Vaccination United Provinces of Agra and Oudh 1902-1913 - 1902-1913
Year: 1902
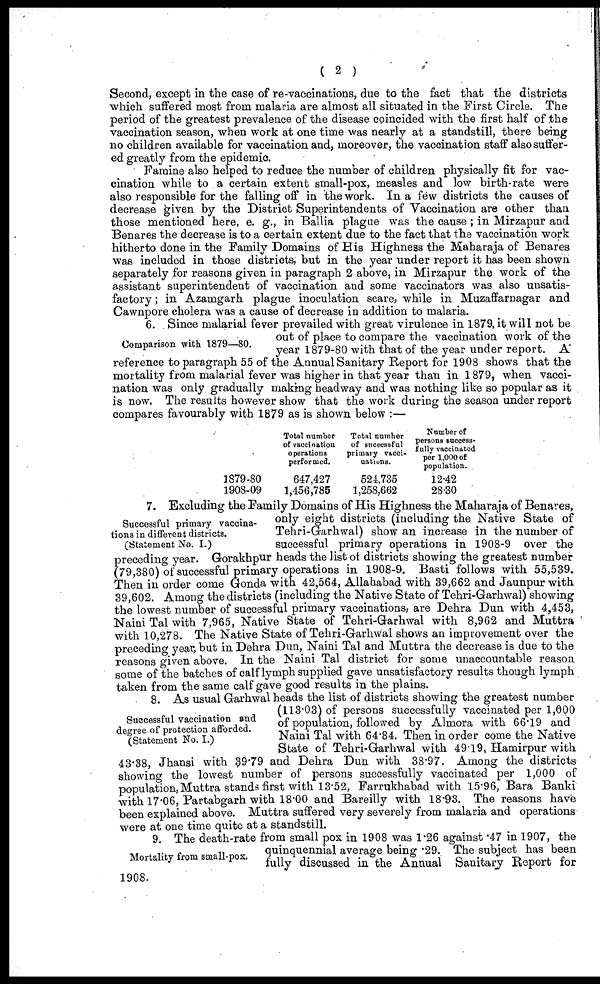
( 2 )
Second, except in the case of re-vaccinations, due to the fact that the districts
which suffered most from malaria are almost all situated in the First Circle. The
period of the greatest prevalence of the disease coincided with the first half of the
vaccination season, when work at one time was nearly at a standstill, there being
no children available for vaccination and, moreover, the vaccination staff also suffer-
ed greatly from the epidemic.
Famine also helped to reduce the number of children physically fit for vac-
cination while to a certain extent small-pox, measles and low birth-rate were
also responsible for the falling off in the work. In a few districts the causes of
decrease given by the District Superintendents of Vaccination are other than
those mentioned here, e. g., in Ballia plague was the cause ; in Mirzapur and
Benares the decrease is to a certain extent due to the fact that the vaccination work
hitherto done in the Family Domains of His Highness the Maharaja of Benares
was included in those districts, but in the year under report it has been shown
separately for reasons given in paragraph 2 above, in Mirzapur the work of the
assistant superintendent of vaccination and some vaccinators was also unsatis-
factory ; in Azamgarh plague inoculation scare, while in Muzaffarnagar and
Cawnpore cholera was a cause of decrease in addition to malaria.
Comparison with 1879—80.
6. Since malarial fever prevailed with great virulence in 1879, it will not be
out of place to compare the vaccination work of the
year 1879-80 with that of the year under report. A
reference to paragraph 55 of the Annual Sanitary Report for 1908 shows that the
mortality from malarial fever was higher in that year than in 1879, when vacci-
nation was only gradually making headway and was nothing like so popular as it
is now. The results however show that the work during the season under report
compares favourably with 1879 as is shown below :—
1879-80
1908-09
Total number
of vaccination
operations
performed.
647,427
1,456,785
Total number
of suceessful
primary vacci-
-ations.
524,735
1,258,662
Number of
persona success-
fully vaccinated
per 1,000 of
population.
12.42
28.30
Successful primary vaccina-
tions in different districts.
(Statement No. I.)
7. Excluding the Family Domains of His Highness the Maharaja of Benares,
only eight districts (including the Native State of
Tehri-Garhwal) show an increase in the number of
successful primary operations in 1908-9 over the
preceding year. Gorakhpur heads the list of districts showing the greatest number
(79,380) of successful primary operations in 1908-9. Basti follows with 55,539.
Then in order come Gonda with 42,564, Allahabad with 39,662 and Jaunpur with
39,602. Among the districts (including the Native State of Tehri-Garhwal) showing
the lowest number of successful primary vaccinations, are Dehra Dun with 4,453,
Naini Tal with 7,965, Native State of Tehri-Garhwal with 8,962 and Muttra
with 10,278. The Native State of Tehri-Garhwal shows an improvement over the
preceding year, but in Dehra Dun, Naini Tal and Muttra the decrease is due to the
reasons given above. In the Naini Tal district for some unaccountable reason
some of the batches of calf lymph supplied gave unsatisfactory results though lymph
taken from the same calf gave good results in the plains.
Successful vaccination and
degree of protection afforded.
(Statement No. I.)
8. As usual Garhwai heads the list of districts showing the greatest number
(113.03) of persons successfully vaccinated per 1,000
of population, followed by Almora with 66.19 and
Naini Tal with 64.84. Then in order come the Native
State of Tehri-Garhwal with 49.19, Hamirpur with
43.38, Jhansi with 39.79 and Dehra Dun with 38.97. Among the districts
showing the lowest number of persons successfully vaccinated per 1,000 of
population, Muttra stands first with 13.52, Farrukhabad with 15.96, Bara Banki
with 17.06, Partabgarh with 18.00 and Bareilly with 18.93. The reasons have
been explained above. Muttra suffered very severely from malaria and operations
were at one time quite at a standstill.
Mortality from small-pox.
9. The death-rate from small pox in 1908 was 1.26 against .47 in 1907, the
quinquennial average being .29. The subject has been
fully discussed in the Annual Sanitary Report for
1908.